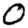
Digit: 0